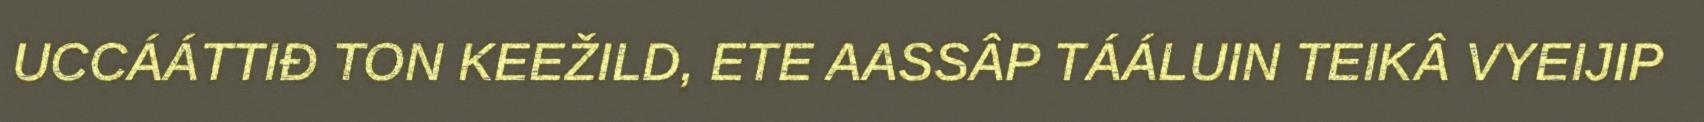
UCCÁÁTTIĐ TON KEEŽILD, ETE AASSÂP TÁÁLUIN TEIKÂ VYEIJIP